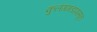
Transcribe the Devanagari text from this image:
कुलंगगडापासून